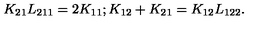
K _ { 2 1 } L _ { 2 1 1 } = 2 K _ { 1 1 } ; K _ { 1 2 } + K _ { 2 1 } = K _ { 1 2 } L _ { 1 2 2 } .